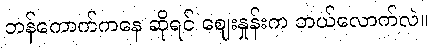
ဘန်ကောက်ကနေ ဆိုရင် ဈေးနှုန်းက ဘယ်လောက်လဲ။